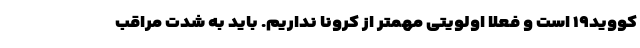
کووید۱۹ است و فعلا اولویتی مهمتر از کرونا نداریم. باید به شدت مراقب